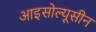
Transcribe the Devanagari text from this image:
आइसोल्यूसीन